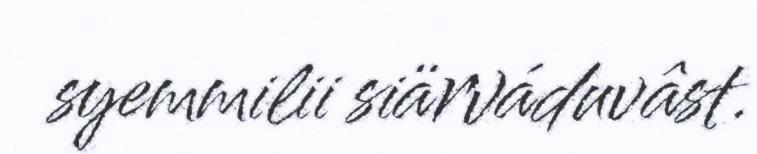
syemmilii siärváduvâst.